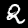
Digit: 2